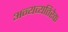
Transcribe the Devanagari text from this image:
अन्यव्यतिरेक